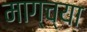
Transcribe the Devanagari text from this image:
माग्च्या